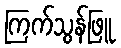
ကြက်သွန်ဖြူ